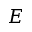
E